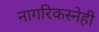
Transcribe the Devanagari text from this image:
नागरिकस्नेही